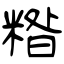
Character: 糌